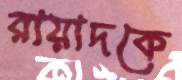
রায়াদকে